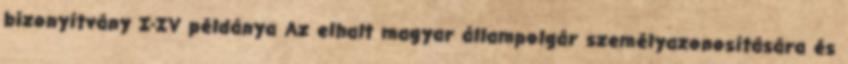
bizonyítvány I-IV példánya Az elhalt magyar állampolgár személyazonosítására és